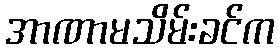
အာဏာမသိမ်းခင်က